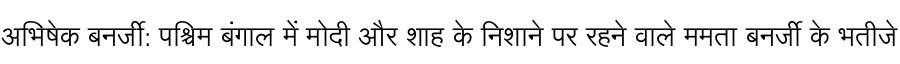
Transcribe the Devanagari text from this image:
अभिषेक बनर्जी: पश्चिम बंगाल में मोदी और शाह के निशाने पर रहने वाले ममता बनर्जी के भतीजे